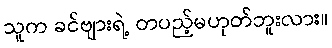
သူက ခင်ဗျားရဲ့ တပည့်မဟုတ်ဘူးလား။